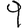
Digit: 9